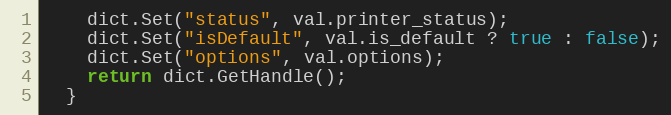
Language: C++
    dict.Set("status", val.printer_status);
    dict.Set("isDefault", val.is_default ? true : false);
    dict.Set("options", val.options);
    return dict.GetHandle();
  }